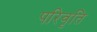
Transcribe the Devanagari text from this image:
परिवृति